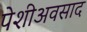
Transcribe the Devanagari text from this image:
पेशीअवसाद